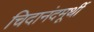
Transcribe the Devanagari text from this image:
चिदानंदमूर्थी